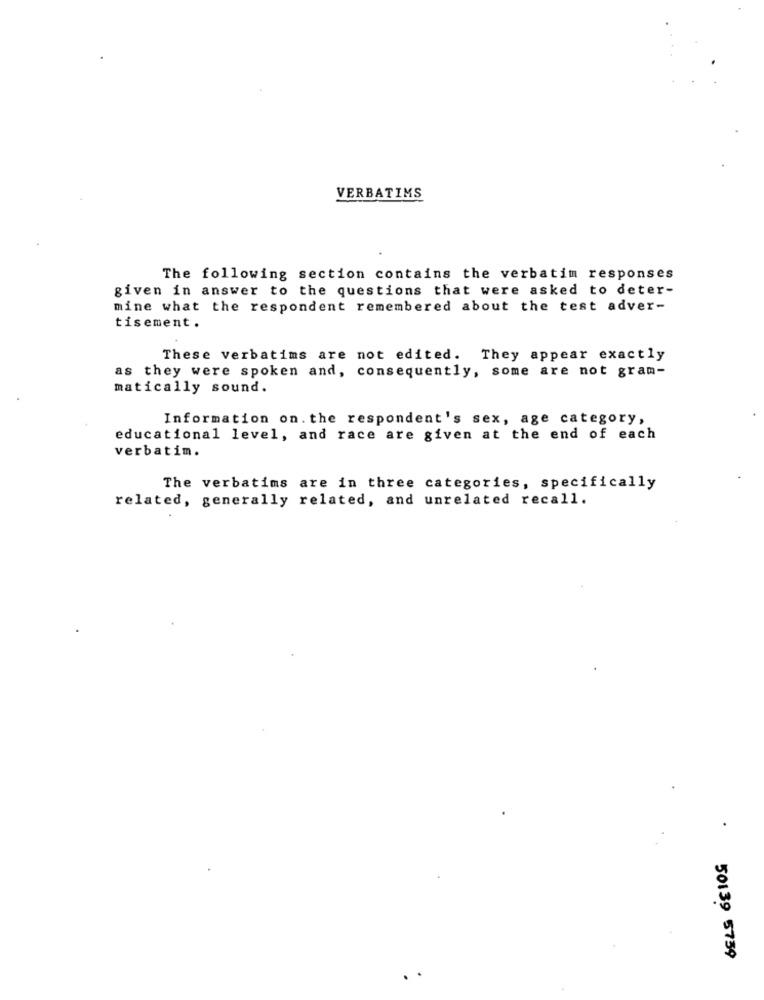
VERBATIMS
The following section contains the verbatim responses
given in answer to the questions that were asked to deter-
mine what the respondent remembered about the test adver-
tisement .
These verbatims are not edited. They appear exactly
as they were spoken and, consequently, some are not gram-
matically sound.
Information on. the respondent's sex, age category,
educational level, and race are given at the end of each
verbatim.
The verbatims are in three categories, specifically
related, generally related, and unrelated recall.
50139 5739